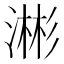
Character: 𬈥